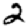
Digit: 2